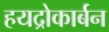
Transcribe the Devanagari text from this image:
हयद्रोकार्बन